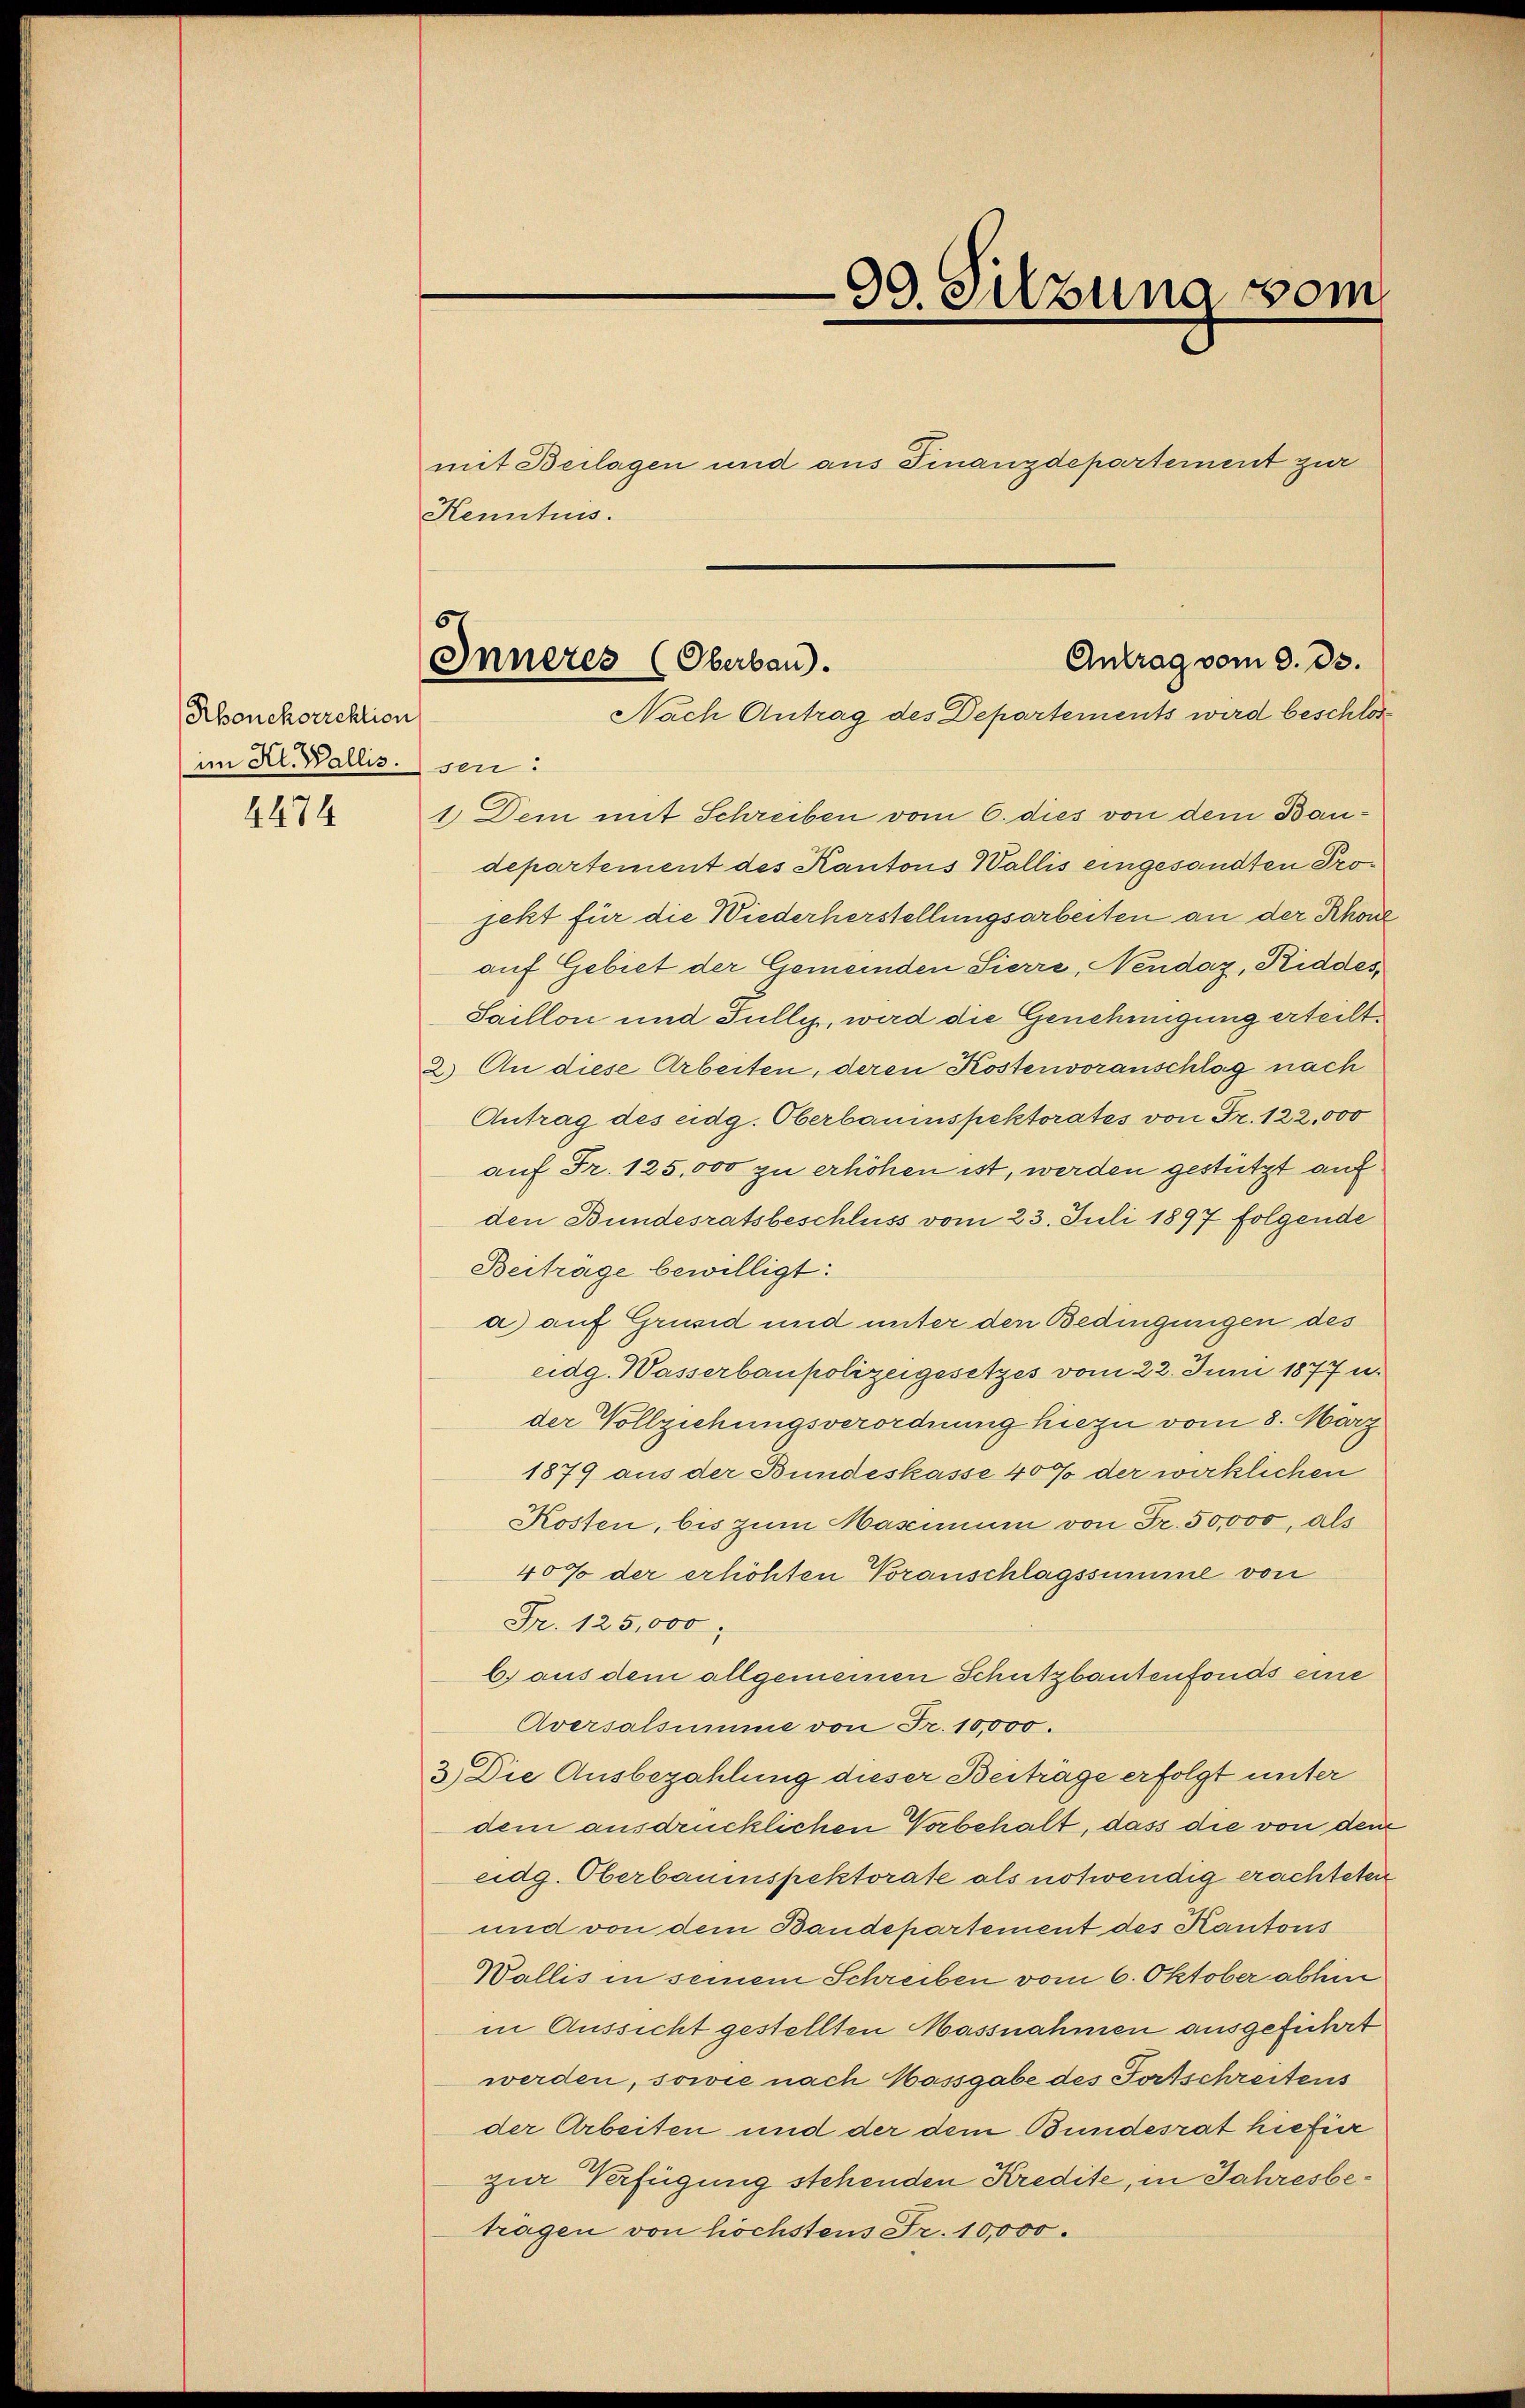
Rbonckorrektion
im Kt. Wallis.
4474

Kenntnis.

99. Sitzung vom
mit Beilagen und aus Finanzdepartement zur

Antrag vom 9. ds.
Inneres (Oberbau.
Nach Antrag des Departements wird beschlos

sen:
1 Dem mit Schreiben vom 6. dies von dem Baudepartement des Kantons Wallis eingesandten Projekt für die Wiederherstellungsarbeiten an der Rhone
auf Gebiet der Gemeinden Sierre, Nendaz, Riddes
Saillon und Fully, wird die Genehmigung erteilt.
2.) An diese Arbeiten, deren Kostenvoranschlag nach
Antrag des eidg. Oberbaumspektorates von Fr. 122,000
auf Fr. 125,000 zu erhöhen ist, werden gestützt auf
den Bundesratsbeschluss vom 23. Juli 1897 folgende
Beiträge bewilligt:
a) auf Grusid und unter den Bedingungen des
eidg. Wasserbaupolizeigesetzes vom 22. Juni 1877 u.
der Vollziehungsverordnung hiezu vom 8. März
1879 aus der Bundeskasse 40% der wirklichen
Kosten, bis zum Mascinum von Fr. 50,000, als
40% der erhöhten Voranschlagssumme von
Fr. 125,000,
b. aus dem allgemeinen Schutzbautenfonds eine
Aversalsumme von Fr. 10,000.
3.) Die Ausbezahlung dieser Beiträge erfolgt unter
dem ausdrücklichen Vorbehalt, dass die von dem
eidg. Oberbauenspektorate als notwendig erachteten
und von dem Baudepartement des Kantons
Wallis in seinem Schreiben vom 6. Oktober abhin
in Aussicht gestellten Massnahmen ausgeführt
werden, sowie nach Massgabe des Fortschreitens
der Arbeiten und der dem Bundesrat hiefür
zur Verfügung stehenden Kredite, in Jahresbeträgen von höchstens Fr. 10,000.